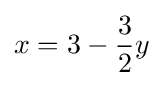
x=3-{\frac {3}{2}}y